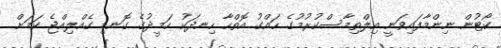
ކޯޓުން ނިންމާފައިވަނީ އިލްތިމާސްކުރުމުގެ ހައްގު އޮތްހާ ހިނދަކު ހަމީދުގެ ގޮނޑި ގެއްލިއްޖެ ކަމަށް